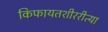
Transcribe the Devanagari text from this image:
किफायतशीररीत्या